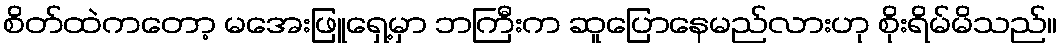
စိတ်ထဲကတော့ မအေးဖြူရှေ့မှာ ဘကြီးက ဆူပြောနေမည်လားဟု စိုးရိမ်မိသည်။